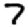
Digit: 7